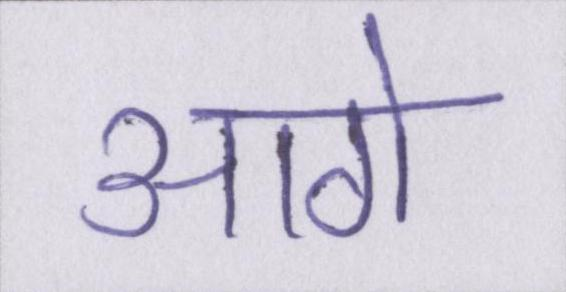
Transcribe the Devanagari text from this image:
आगे